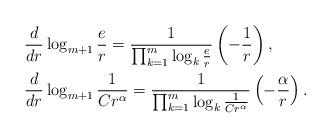
LaTeX: \begin{align*}&\frac{d}{dr} \log_{m+1} \frac{e}{r} = \frac{1}{\prod_{k=1} ^m \log_k \frac{e}{r} } \left ( -\frac{1}{r} \right ), \\&\frac{d}{dr} \log_{m+1} \frac{1}{Cr^\alpha} = \frac{1}{\prod_{k=1} ^m \log_k \frac{1}{Cr^\alpha} } \left ( -\frac{\alpha}{r} \right ).\end{align*}